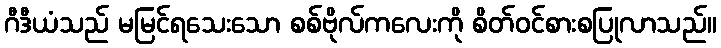
ဂီဒီယံသည် မမြင်ရသေးသော စစ်ဗိုလ်ကလေးကို စိတ်ဝင်စားစပြုလာသည်။